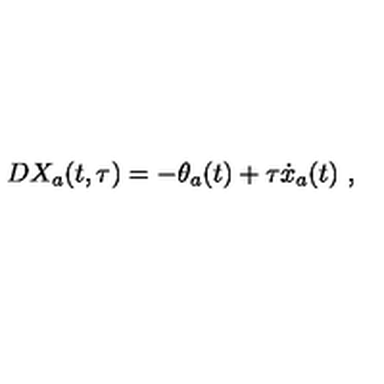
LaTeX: D X _ { a } ( t , \tau ) = - \theta _ { a } ( t ) + \tau { \dot { x } } _ { a } ( t ) \ ,